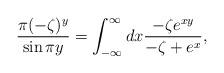
LaTeX: \begin{align*}\frac{\pi (-\zeta)^y}{\sin\pi y}=\int_{-\infty}^{\infty}dx\frac{-\zeta e^{xy}}{-\zeta+e^x},\end{align*}